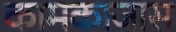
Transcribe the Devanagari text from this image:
कामकाजास